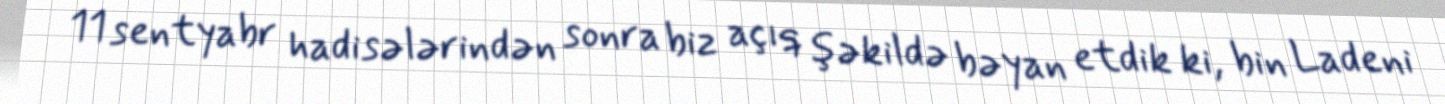
11 sentyabr hadisələrindən sonra biz açıq şəkildə bəyan etdik ki, bin Ladeni